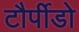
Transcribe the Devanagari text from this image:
टौर्पीडो